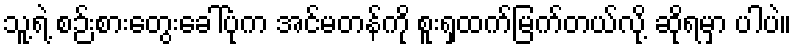
သူ့ရဲ့ စဉ်းစားတွေးခေါ်ပုံက အင်မတန်ကို စူးရှထက်မြက်တယ်လို့ ဆိုရမှာ ပါပဲ။